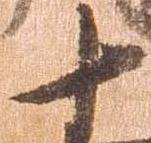
十